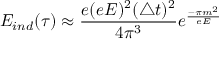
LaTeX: E _ { i n d } ( \tau ) \approx \frac { e ( e E ) ^ { 2 } ( \triangle t ) ^ { 2 } } { 4 \pi ^ { 3 } } e ^ { \frac { - \pi m ^ { 2 } } { e E } }